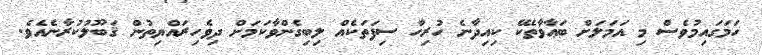
ހަމަގައިމުވެސް މި އަމަލަށް ބަޢާވާތެކޭ ކިއިދާނެ ހުރިހާ ސިފަތަކެއް ލިބިގެންވާކަމަށް ދިވެހިރައްޔިތުން ޤަބޫލުކުރާނެއެވެ.